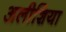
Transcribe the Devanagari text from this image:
अलीशिया